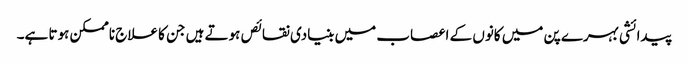
پیدائشی بہرے پن میں کانوں کے اعصاب میں بنیادی نقائص ہوتے ہیں جن کا علاج ناممکن ہوتا ہے۔